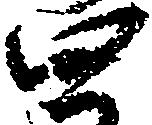
四